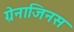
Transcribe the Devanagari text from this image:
ग्रेनाजिनस